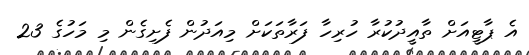
އެ ޕާޓީއަށް ތާއީދުކުރާ ހުރިހާ ފަރާތަކަށް މިއަދުން ފެށިގެން މި މަހުގެ 23